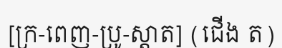
[ក្រ-ពេញ-ប្រូ-ស្តាត] (ជើង ត)